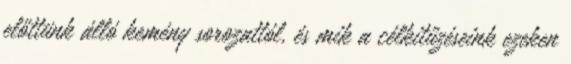
előttünk álló kemény sorozattól, és mik a célkitűzéseink ezeken